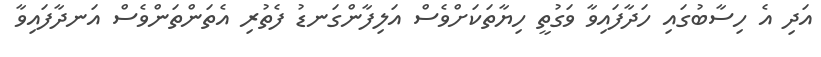
އަދި އެ ހިސާބުގައި ހަދާފައިވާ ވަގުތީ ހިޔާތަކަށްވެސް އަލިފާންގަނޑު ފެތުރި އެތަންތަންވެސް އަނދާފައިވާ